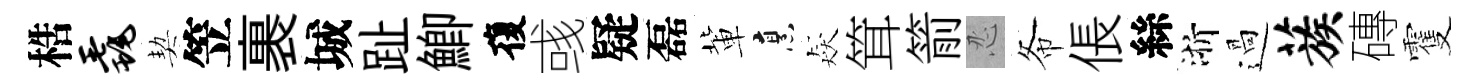
梏毳契笠裹城趾鯽復彧疑磊軰烹猋䇯箭忍𢁙倀絲浙過蔟磚䨥